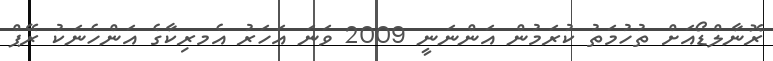
ރޮނާލްޑޯއަށް ތުހުމަތު ކުރަމުން އަންނަނީ 2009 ވަނަ އަހަރު އެމރިކާގެ އަންހެނަކު ރޭޕް